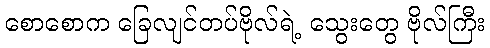
စောစောက ခြေလျင်တပ်ဗိုလ်ရဲ့ သွေးတွေ ဗိုလ်ကြီး